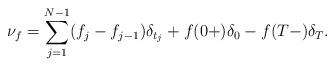
LaTeX: \begin{align*}\nu_{f}=\sum_{j=1}^{N-1}( f_j-f_{j-1})\delta_{t_j}+f(0+)\delta_0-f(T-)\delta_T.\end{align*}